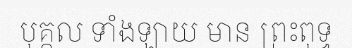
បុគ្គល ទាំងឡាយ មាន ព្រះពុទ្ធ